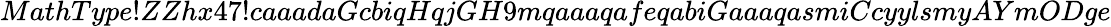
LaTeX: MathType!ZZhx47!caaadaGcbiqHqjGH9mqaaaqafeqabiGaaaqasmiCcyylsmyAYmODge